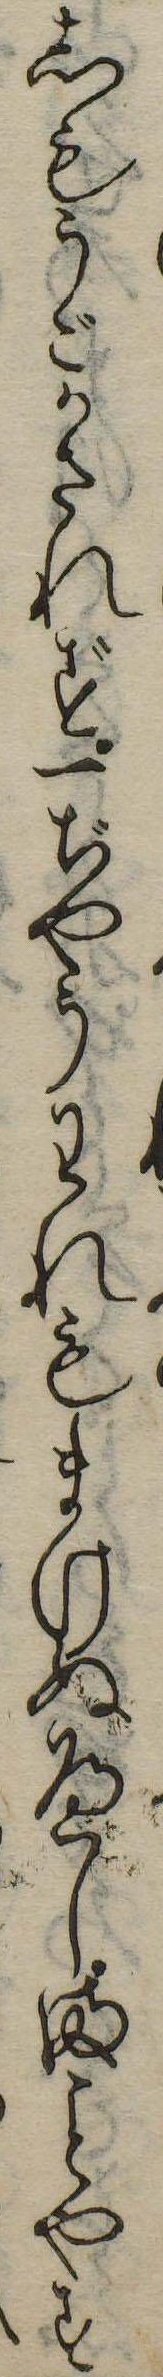
しもうごかされず一ぢやうわれもまけぬへしまやす